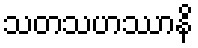
သတသဟဿာနိ